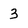
Character: 3